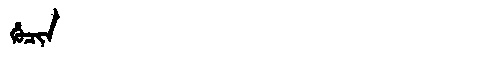
Manchu: ᡥᡠᠴᡳᠨ
Romanization: HUCIN